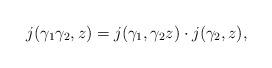
LaTeX: \begin{align*}j(\gamma_1\gamma_2,z)=j(\gamma_1,\gamma_2 z)\cdot j(\gamma_2,z),\end{align*}